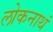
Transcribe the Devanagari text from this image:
लोकनाथं